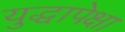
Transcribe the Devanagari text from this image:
युद्धापेक्षा